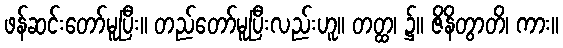
ဖန်ဆင်းတော်မူပြီး။ တည်တော်မူပြီးလည်းဟူ။ တတ္ထ၊ ၌။ ဇိနိတွာတိ၊ ကား။